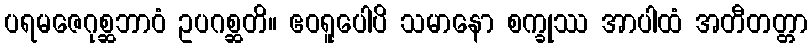
ပရမဇေဂုစ္ဆဘာဝံ ဥပဂစ္ဆတိ။ ဧဝရူပေါပိ သမာနော စက္ခုဿ အာပါထံ အတီတတ္တာ